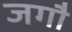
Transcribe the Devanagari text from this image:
जगौ